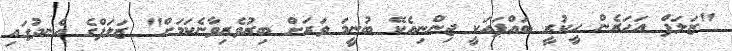
"ޒަލަފް އަހަރެން ހީކުރީ ބައްޕައަކީ ޖިންނިއެކޭ ބުނީމަ ވަރަށް ބިރުވެރިވާނެކަމަށް" ޒަލަފްގެ އެނދުގައި